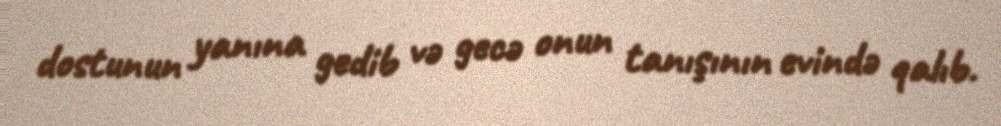
dostunun yanına gedib və gecə onun tanışının evində qalıb.